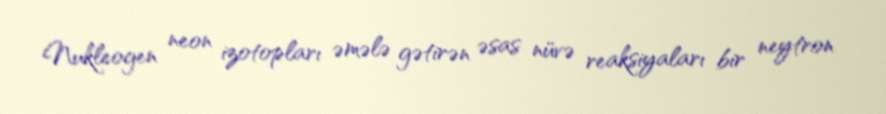
Nukleogen neon izotopları əmələ gətirən əsas nüvə reaksiyaları bir neytron